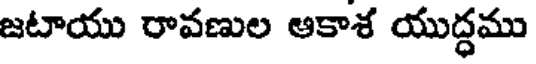
జటాయు రావణుల ఆకాశ యుద్ధము